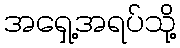
အရှေ့အရပ်သို့